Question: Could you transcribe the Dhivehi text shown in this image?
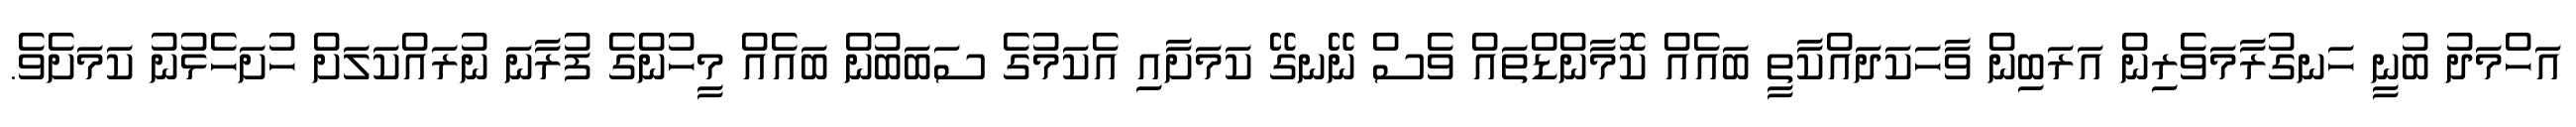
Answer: އަހްމަދު ބުނީ ހަނގުރާމަވެރިން އަރަބިން ވާހަކަދައްކާތީ ބައެއް ކޮމާންޑްތައް ވެސް ނޭނގޭ ކަމަށާއި އެކަމުގެ ސަބަބުން ބައެއް މީހުންގެ ފުރާނަ ނުރައްކަލަށް ހުށަހެޅުނު ކަމަށެވެ.